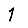
Digit: 1